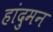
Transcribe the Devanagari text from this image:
हांदुमन